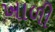
ખાળી